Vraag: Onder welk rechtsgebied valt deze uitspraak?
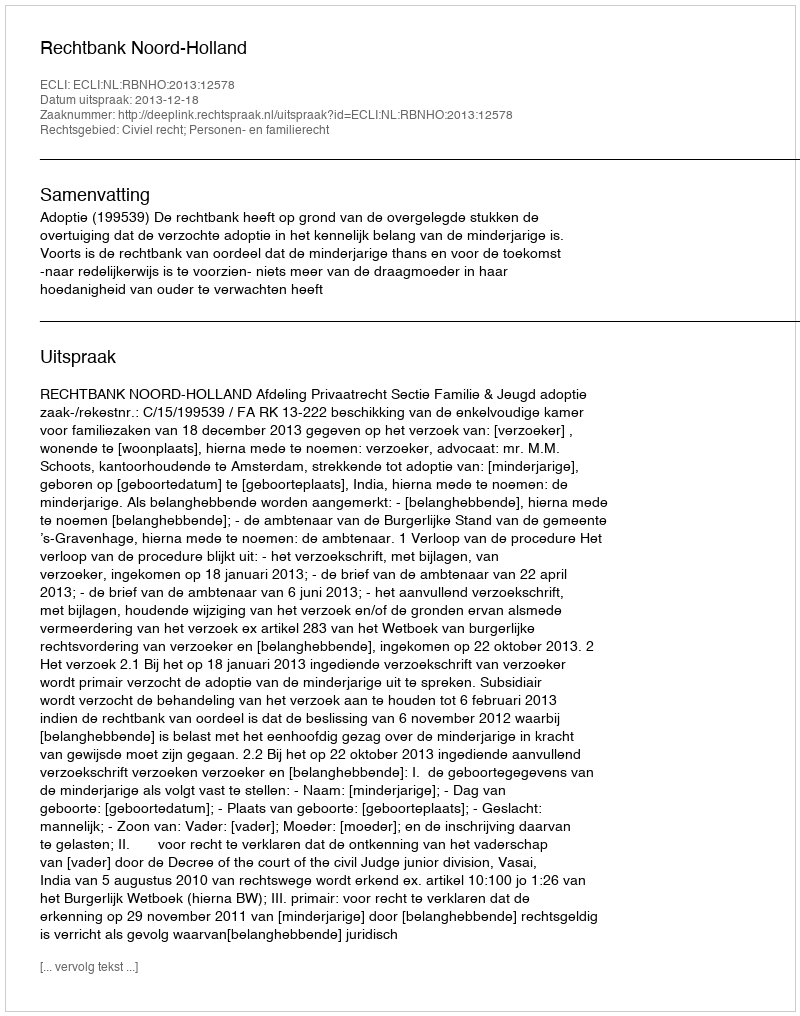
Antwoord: Civiel recht; Personen- en familierecht